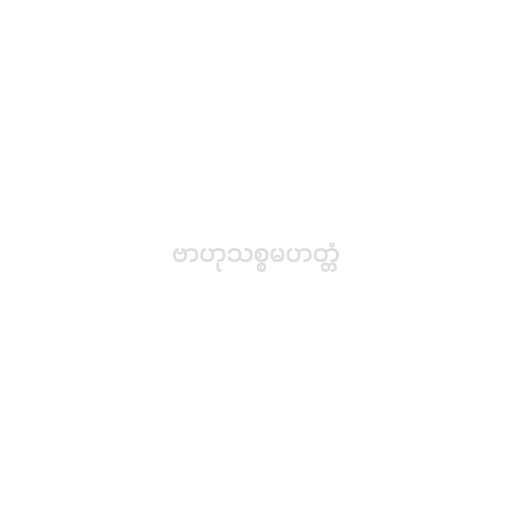
ဗာဟုသစ္စမဟတ္တံ